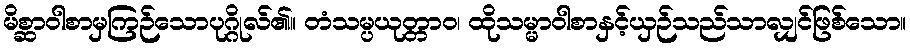
မိစ္ဆာဝါစာမှကြဉ်သောပုဂ္ဂိုလ်၏။ တံသမ္ပယုတ္တာဝ၊ ထိုသမ္မာဝါစာနှင့်ယှဉ်သည်သာလျှင်ဖြစ်သော။